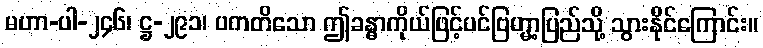
မဟာ-ပါ-၂၄၆၊ ဋ္ဌ-၂၉၁၊ ပကတိသော ဤခန္ဓာကိုယ်ဖြင့်ပင်ဗြဟ္မာ့ပြည်သို့ သွားနိုင်ကြောင်း။